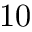
1 0